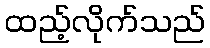
ထည့်လိုက်သည်